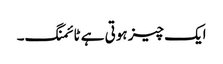
ایک چیز ہوتی ہے ٹائمنگ۔